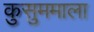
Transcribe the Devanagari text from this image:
कुसुममाला